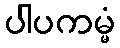
ပါပကမ္မံ